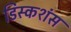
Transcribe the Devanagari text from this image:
डिस्कशंस